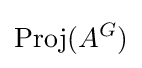
\operatorname {Proj} (A^{G})